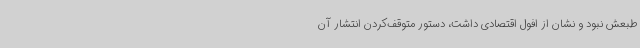
طبعش نبود و نشان از افول اقتصادی داشت، دستور متوقف‌کردن انتشار آن